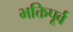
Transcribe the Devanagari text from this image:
भक्तिपूर्व